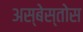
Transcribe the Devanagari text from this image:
अस्बेस्तोस